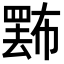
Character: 𢅄